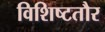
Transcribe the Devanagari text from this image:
विशिष्टतौर